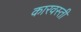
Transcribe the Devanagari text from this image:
कारवस्ती